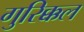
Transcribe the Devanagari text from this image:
गुरिक्कल